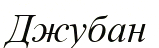
Джубан